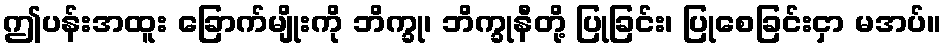
ဤပန်းအထူး ခြောက်မျိုးကို ဘိက္ခု၊ ဘိက္ခုနီတို့ ပြုခြင်း၊ ပြုစေခြင်းငှာ မအပ်။